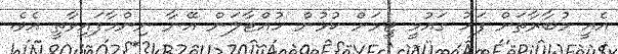
އެއީ މުބާރާތަށް ފަހު ގައުމީ ޓީމަށް ކުޅުން ހުއްޓާލަން އޭނާ ނިންމާފައިވާތީ އެވެ.